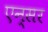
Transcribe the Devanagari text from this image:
एन्सर